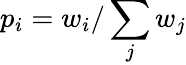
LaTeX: p_{i}=w_{i}/\sum_{j}w_{j}